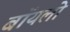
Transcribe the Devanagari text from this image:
बॉयलो